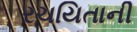
રચયિતાની